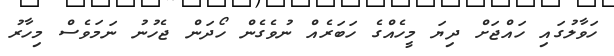
ހަވާލުގައި ހައްޖަށް ދިޔަ މީހެއްގެ ހަބަރެއް ނުވެގެން ހޯދަން ޖެހުނު ނަމަވެސް މިހާރު